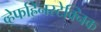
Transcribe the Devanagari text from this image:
व्हेर्फाह्रेनस्टेक्निक